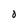
Character: O